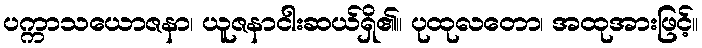
ပက္ကာသယောဇနာ၊ ယူဇနာငါးဆယ်ရှိ၏။ ပုထုလတော၊ အထုအားဖြင့်။